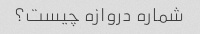
شماره دروازه چیست؟